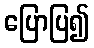
ပြောပြ၍